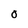
Character: O